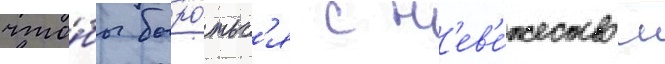
что́бы боро́тьс'я с н'ев'е́жеством